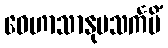
ဝေဟာသာနုပသင်္ကမိံ